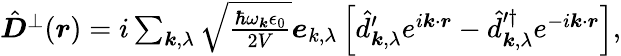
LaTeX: \begin{array}{r}{\hat{\boldsymbol D}^{\perp}(\boldsymbol r)=i\sum_{\boldsymbol k,\lambda}\sqrt{\frac{\hbar\omega_{\boldsymbol k}\epsilon_{0}}{2V}}\boldsymbol e_{k,\lambda}\left[\hat{d}_{\boldsymbol k,\lambda}^{\prime}e^{i\boldsymbol k\cdot\boldsymbol r}-\hat{d}_{\boldsymbol k,\lambda}^{\prime\dagger}e^{-i\boldsymbol k\cdot\boldsymbol r}\right],}\end{array}